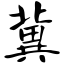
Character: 冀